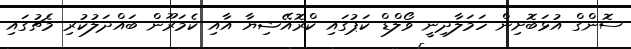
ސޮންގް އުޅަބޮށިން ހަމަލާދިނީ ވޯލްޑް ކަޕުގައި ކްރޮއޭޝިޔާ އާއި ކެމަރޫން ބައްދަލުކުރި މެޗުގައި